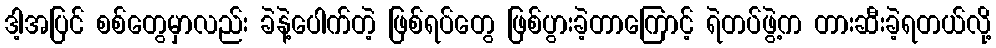
ဒါ့အပြင် စစ်တွေမှာလည်း ခဲနဲ့ပေါက်တဲ့ ဖြစ်ရပ်တွေ ဖြစ်ပွားခဲ့တာကြောင့် ရဲတပ်ဖွဲ့က တားဆီးခဲ့ရတယ်လို့